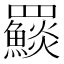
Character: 𩼄